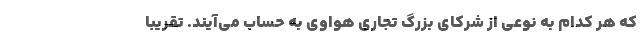
که هر کدام به نوعی از شرکای بزرگ تجاری هواوی به حساب می‌آیند. تقریبا